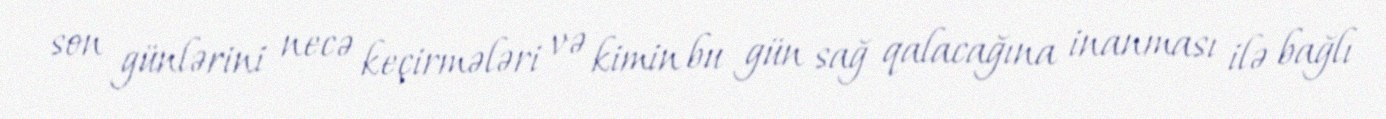
son günlərini necə keçirmələri və kimin bu gün sağ qalacağına inanması ilə bağlı